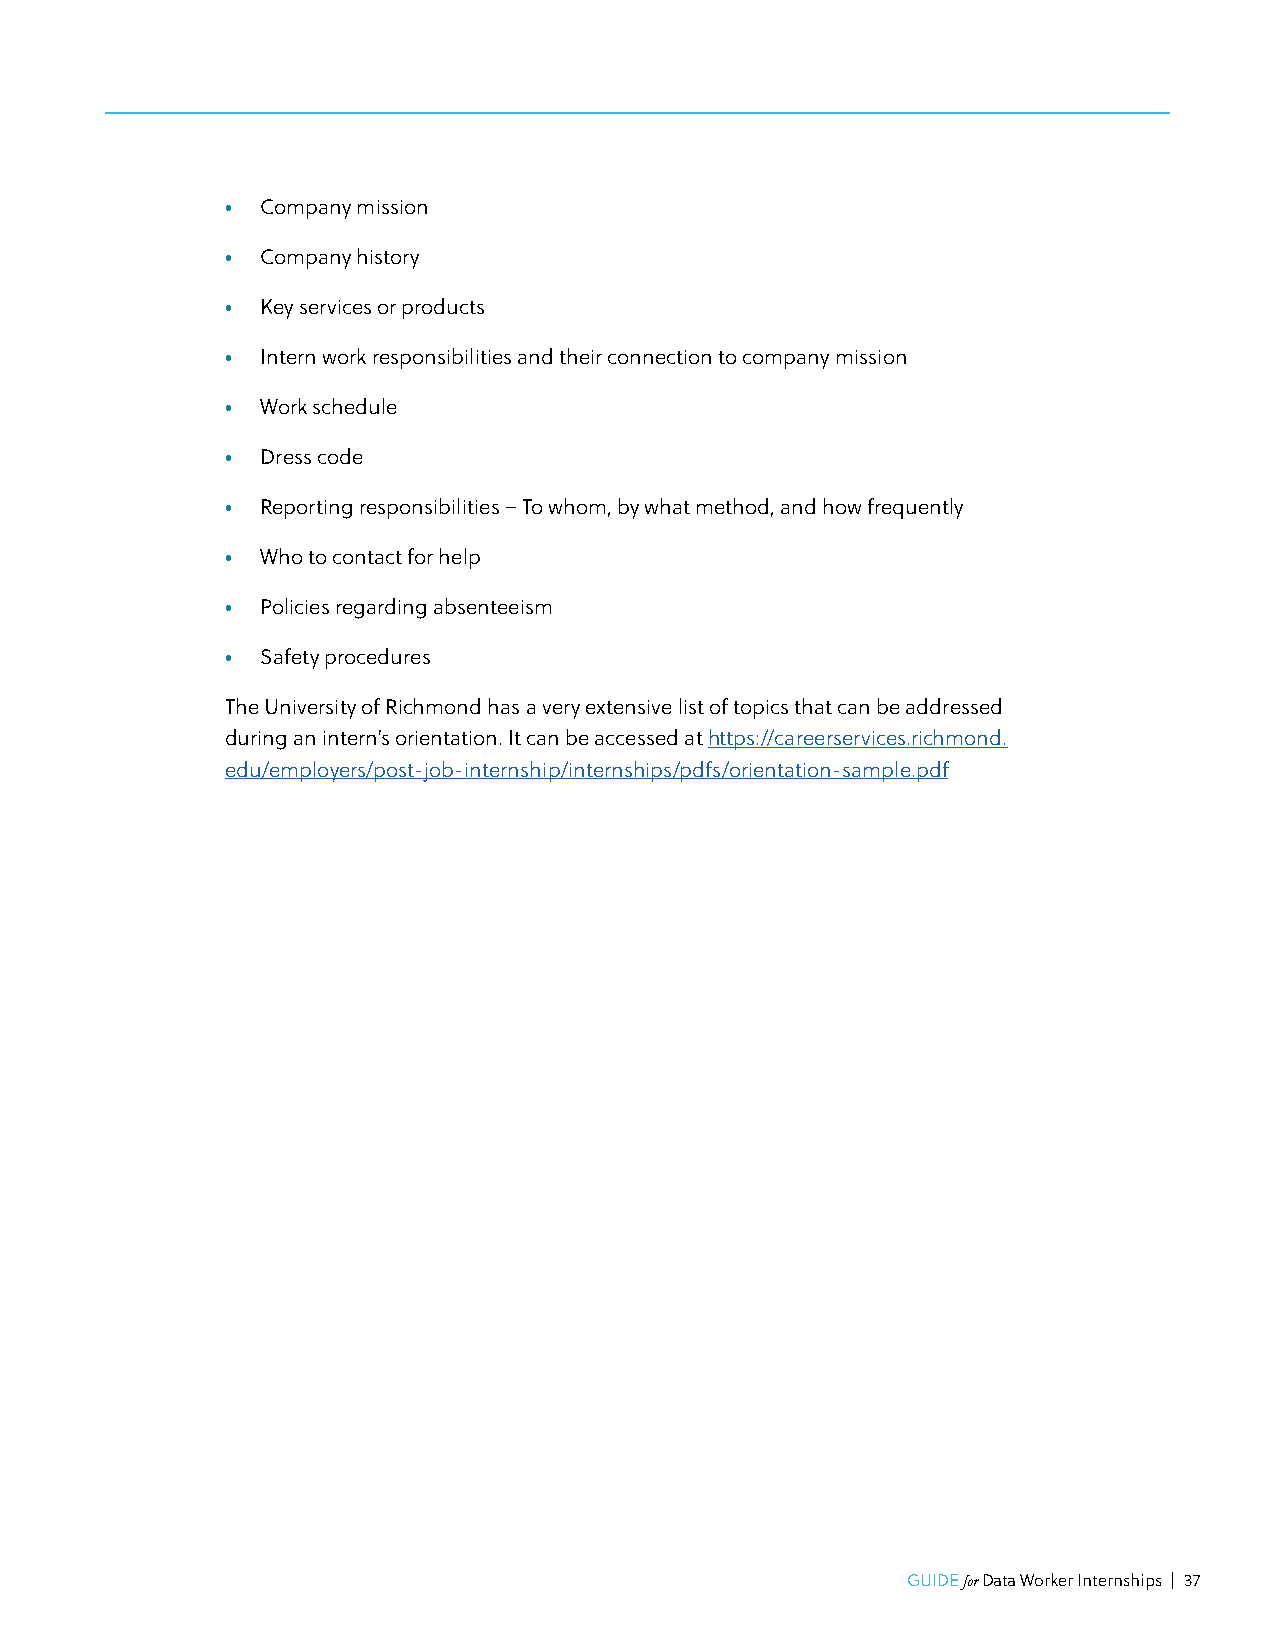
• Company mission
 • Company history
 • Key services or products
 • Intern work responsibilities and their connection to company mission
 • Work schedule
 • Dress code
 • Reporting responsibilities – To whom, by what method, and how frequently
 • Who to contact for help
 • Policies regarding absenteeism
 • Safety procedures
 The University of Richmond has a very extensive list of topics that can be addressed
 during an intern’s orientation. It can be accessed at https://careerservices.richmond.
 edu/employers/post-job-internship/internships/pdfs/orientation-sample.pdf
 GUIDE for Data Worker Internships | 37